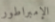
الإمبراطور